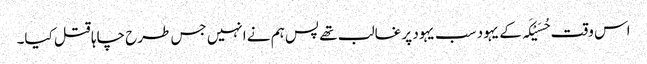
اس وقت حُسَیْکَہ کے یہود سب یہود پر غالب تھے پس ہم نے انہیں جس طرح چاہا قتل کیا۔